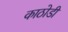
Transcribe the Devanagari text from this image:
काठोडी